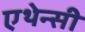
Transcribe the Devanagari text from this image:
एथेन्सी